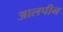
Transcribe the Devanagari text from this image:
आलपीन